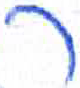
אות: ר